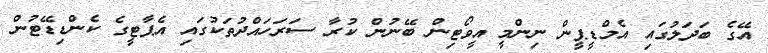
އޭގެ ބަދަލުގައި އެމްޑީޕީން ނިންމީ އީވޯޓިން ބޭނުން ކުރާ ސަރަހައްދުތަކުގައި އެޕާޓީގެ ކެންޑިޑޭޓުން